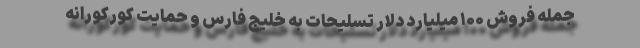
جمله فروش ۱۰۰ میلیارد دلار تسلیحات به خلیج فارس و حمایت کورکورانه